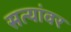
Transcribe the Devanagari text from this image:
सत्यांवर